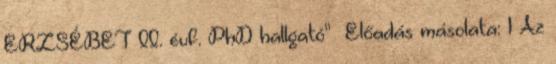
ERZSÉBET II. évf. PhD hallgató"— Előadás másolata: 1 Az